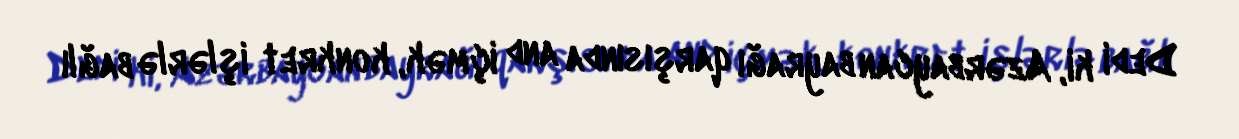
Dedi ki, Azərbaycan bayrağı qarşısında and içmək, konkret işlərlə bağlı